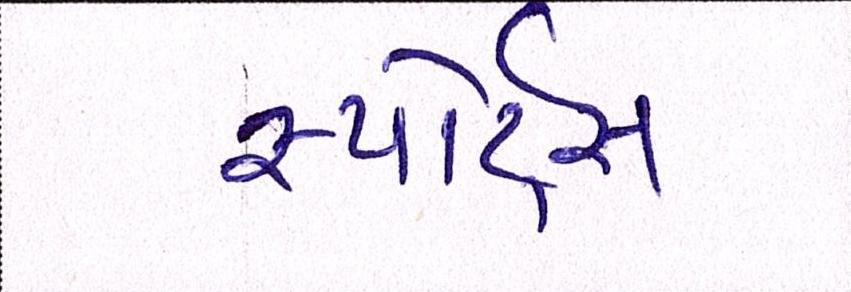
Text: સ્પોર્ટ્સ